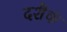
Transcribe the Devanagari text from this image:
दशैकं